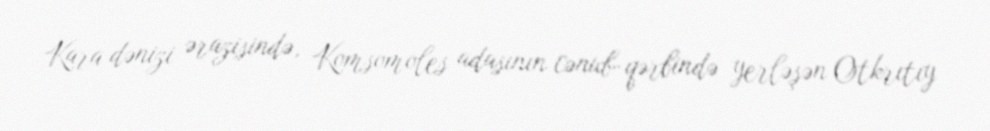
Kara dənizi ərazisində, Komsomoles adasının cənub-qərbində yerləşən Otkrıtıy